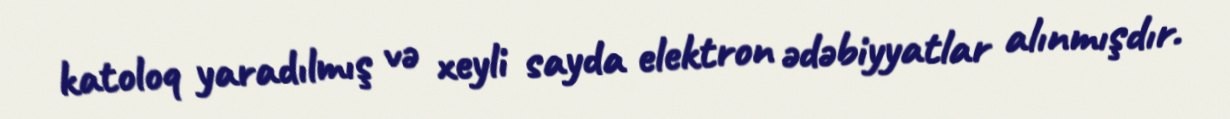
katoloq yaradılmış və xeyli sayda elektron ədəbiyyatlar alınmışdır.